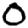
Digit: 0